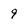
Character: 9